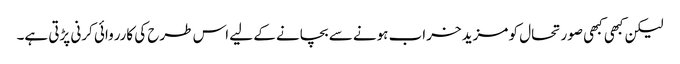
لیکن کبھی کبھی صورتحال کو مزید خراب ہونے سے بچانے کے لیے اس طرح کی کارروائی کرنی پڑتی ہے۔